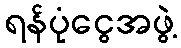
ရန်ပုံငွေအဖွဲ့